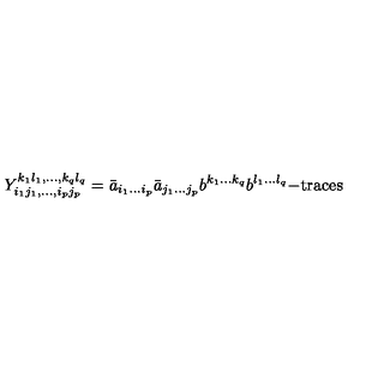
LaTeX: Y _ { i _ { 1 } j _ { 1 } , \ldots , i _ { p } j _ { p } } ^ { k _ { 1 } l _ { 1 } , \ldots , k _ { q } l _ { q } } = \bar { a } _ { i _ { 1 } \ldots i _ { p } } \bar { a } _ { j _ { 1 } \ldots j _ { p } } b ^ { k _ { 1 } \ldots k _ { q } } b ^ { l _ { 1 } \ldots l _ { q } } \mathrm { - t r a c e s }